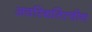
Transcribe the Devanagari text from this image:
अवस्थितित्वीय